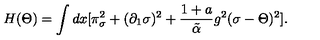
H ( \Theta ) = \int d x [ \pi _ { \sigma } ^ { 2 } + ( \partial _ { 1 } \sigma ) ^ { 2 } + { \frac { 1 + a } { \tilde { \alpha } } } g ^ { 2 } ( \sigma - \Theta ) ^ { 2 } ] .